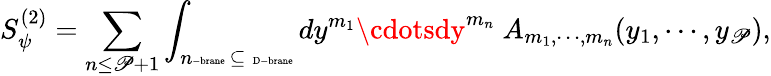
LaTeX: S_{\psi}^{(2)}=\sum_{n\leq\mathscr{P}+1}\int_{n\mathrm{{\tiny-brane}}~\subseteq~\mathrm{{\tiny~D-brane}}}dy^{m_{1}}\cdotsdy^{m_{n}}~A_{m_{1},\cdots,m_{n}}(y_{1},\cdots,y_{\mathscr{P}}),